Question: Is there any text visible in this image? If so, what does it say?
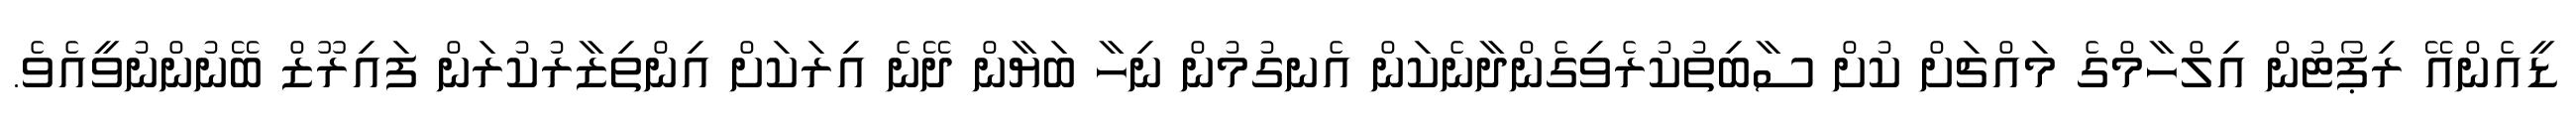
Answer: ޑީއެންއޭ ރިޕޯޓުން އިލްހާމްގެ މައްޗަށް ކުށް ސާބިތުކުރެވިގެންދާނެކަން އެނގުމުން ނިހާ ބަޔާން ދޭނެ އިރަކަށް އިންތިޒާރުކުރަން ފައިރޫޒް ބޭނުންނުވީއެވެ.